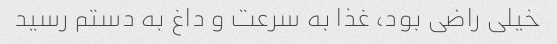
خیلی راضی بود، غذا به سرعت و داغ به دستم رسید